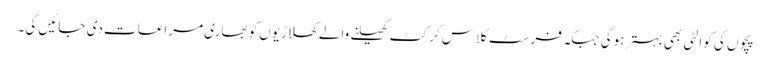
پچوں کی کوالٹی بھی بہتر ہوگی جبکہ فرسٹ کلاس کرکٹ کھیلنے والے کھلاڑیوں کو بھاری مراعات دی جائیں گی۔